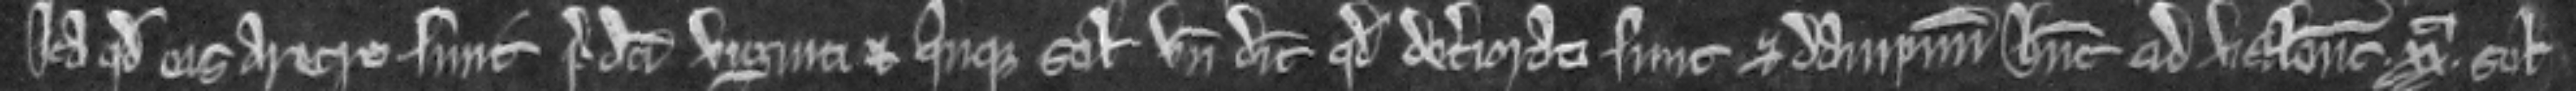
ita quod eis aretro sunt predicti viginti et quinque solidi unde dicunt quod deteriorati sunt et dampnum habent ad valenciam xxa solidorum.